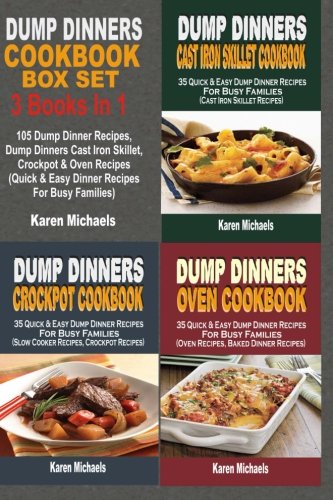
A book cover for Dump Dinners Cookbook Box Set: 105 Dump Dinner Recipes, Dump Dinners Cast Iron Skillet, Crockpot & Oven Recipes (Quick & Easy Dinner Recipes For Busy Families); Karen Michaels; Cookbooks, Food & Wine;